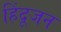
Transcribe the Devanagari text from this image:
हिंदूजन